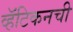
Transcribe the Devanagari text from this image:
व्हॅटिकनची